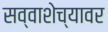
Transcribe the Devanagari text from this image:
सव्वाशेच्यावर